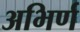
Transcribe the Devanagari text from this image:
अभिर्ण